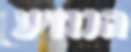
הנודע